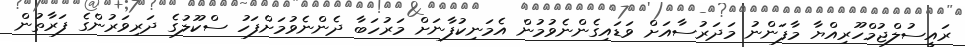
ރައީސުލްޖުމްހޫރިއްޔާ މާފަންނު މަދަރުސާއަށް ވަޑައިގެންނެވުމުން އެމަނިކުފާނަށް މަރުހަބާ ދެންނެވުމަށްފަހު ސްކޫލުގެ ދަރިވަރުންގެ ފަރާތުން